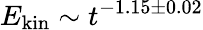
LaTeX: E_{\textrm{kin}}\sim t^{-1.15\pm 0.02}